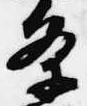
条